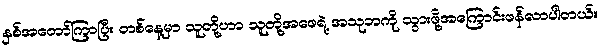
နှစ်အတော်ကြာပြီး တစ်နေ့မှာ သူတို့ဟာ သူတို့အဖေရဲ့ အသုဘကို သွားဖို့အကြောင်းဖန်လာပါတယ်။